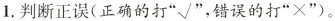
1.判断正误(正确的打”√”，错误的打”×”)。